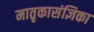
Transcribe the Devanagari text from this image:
मातृकासंज्ञिका